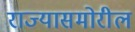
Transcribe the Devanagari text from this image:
राज्यासमोरील